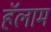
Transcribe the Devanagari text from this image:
हॅलाम